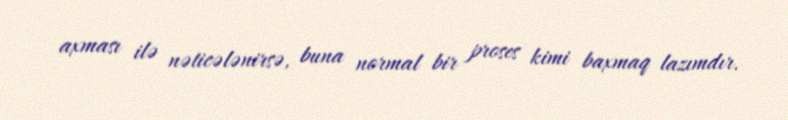
axması ilə nəticələnirsə, buna normal bir proses kimi baxmaq lazımdır.